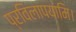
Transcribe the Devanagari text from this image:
प्रविलापयामि।